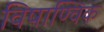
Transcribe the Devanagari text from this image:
विषाण्विक